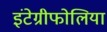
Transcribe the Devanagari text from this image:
इंटेग्रीफोलिया